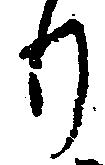
り